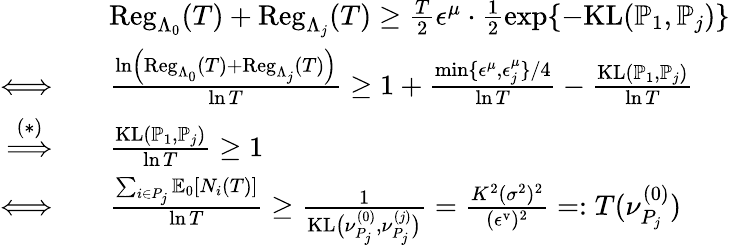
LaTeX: \begin{array}{rl}&{\mathrm{Reg}_{\Lambda_{0}}(T)+\mathrm{Reg}_{\Lambda_{j}}(T)\geq\frac{T}{2}\epsilon^{\mu}\cdot\frac{1}{2}\exp\{ -\mathrm{KL}(\mathbb{P}_{1},\mathbb{P}_{j})\} }\\ {\Longleftrightarrow\quad}&{\frac{\ln\left(\mathrm{Reg}_{\Lambda_{0}}(T)+\mathrm{Reg}_{\Lambda_{j}}(T)\right)}{\ln T}\geq 1+\frac{\operatorname*{min}\{ \epsilon^{\mu},\epsilon_{j}^{\mu}\} /4}{\ln T}-\frac{\mathrm{KL}(\mathbb{P}_{1},\mathbb{P}_{j})}{\ln T}}\\ {\overset{(*)}{\Longrightarrow}\quad}&{\frac{\mathrm{KL}(\mathbb{P}_{1},\mathbb{P}_{j})}{\ln T}\geq 1}\\ {\Longleftrightarrow\quad}&{\frac{\sum_{i\in P_{j}}\mathbb{E}_{0}[N_{i}(T)]}{\ln T}\geq\frac{1}{\mathrm{KL}\big(\nu_{P_{j}}^{(0)},\nu_{P_{j}}^{(j)}\big)}=\frac{K^{2}(\sigma^{2})^{2}}{(\epsilon^{\mathrm{v}})^{2}}=:T(\nu_{P_{j}}^{(0)})}\end{array}